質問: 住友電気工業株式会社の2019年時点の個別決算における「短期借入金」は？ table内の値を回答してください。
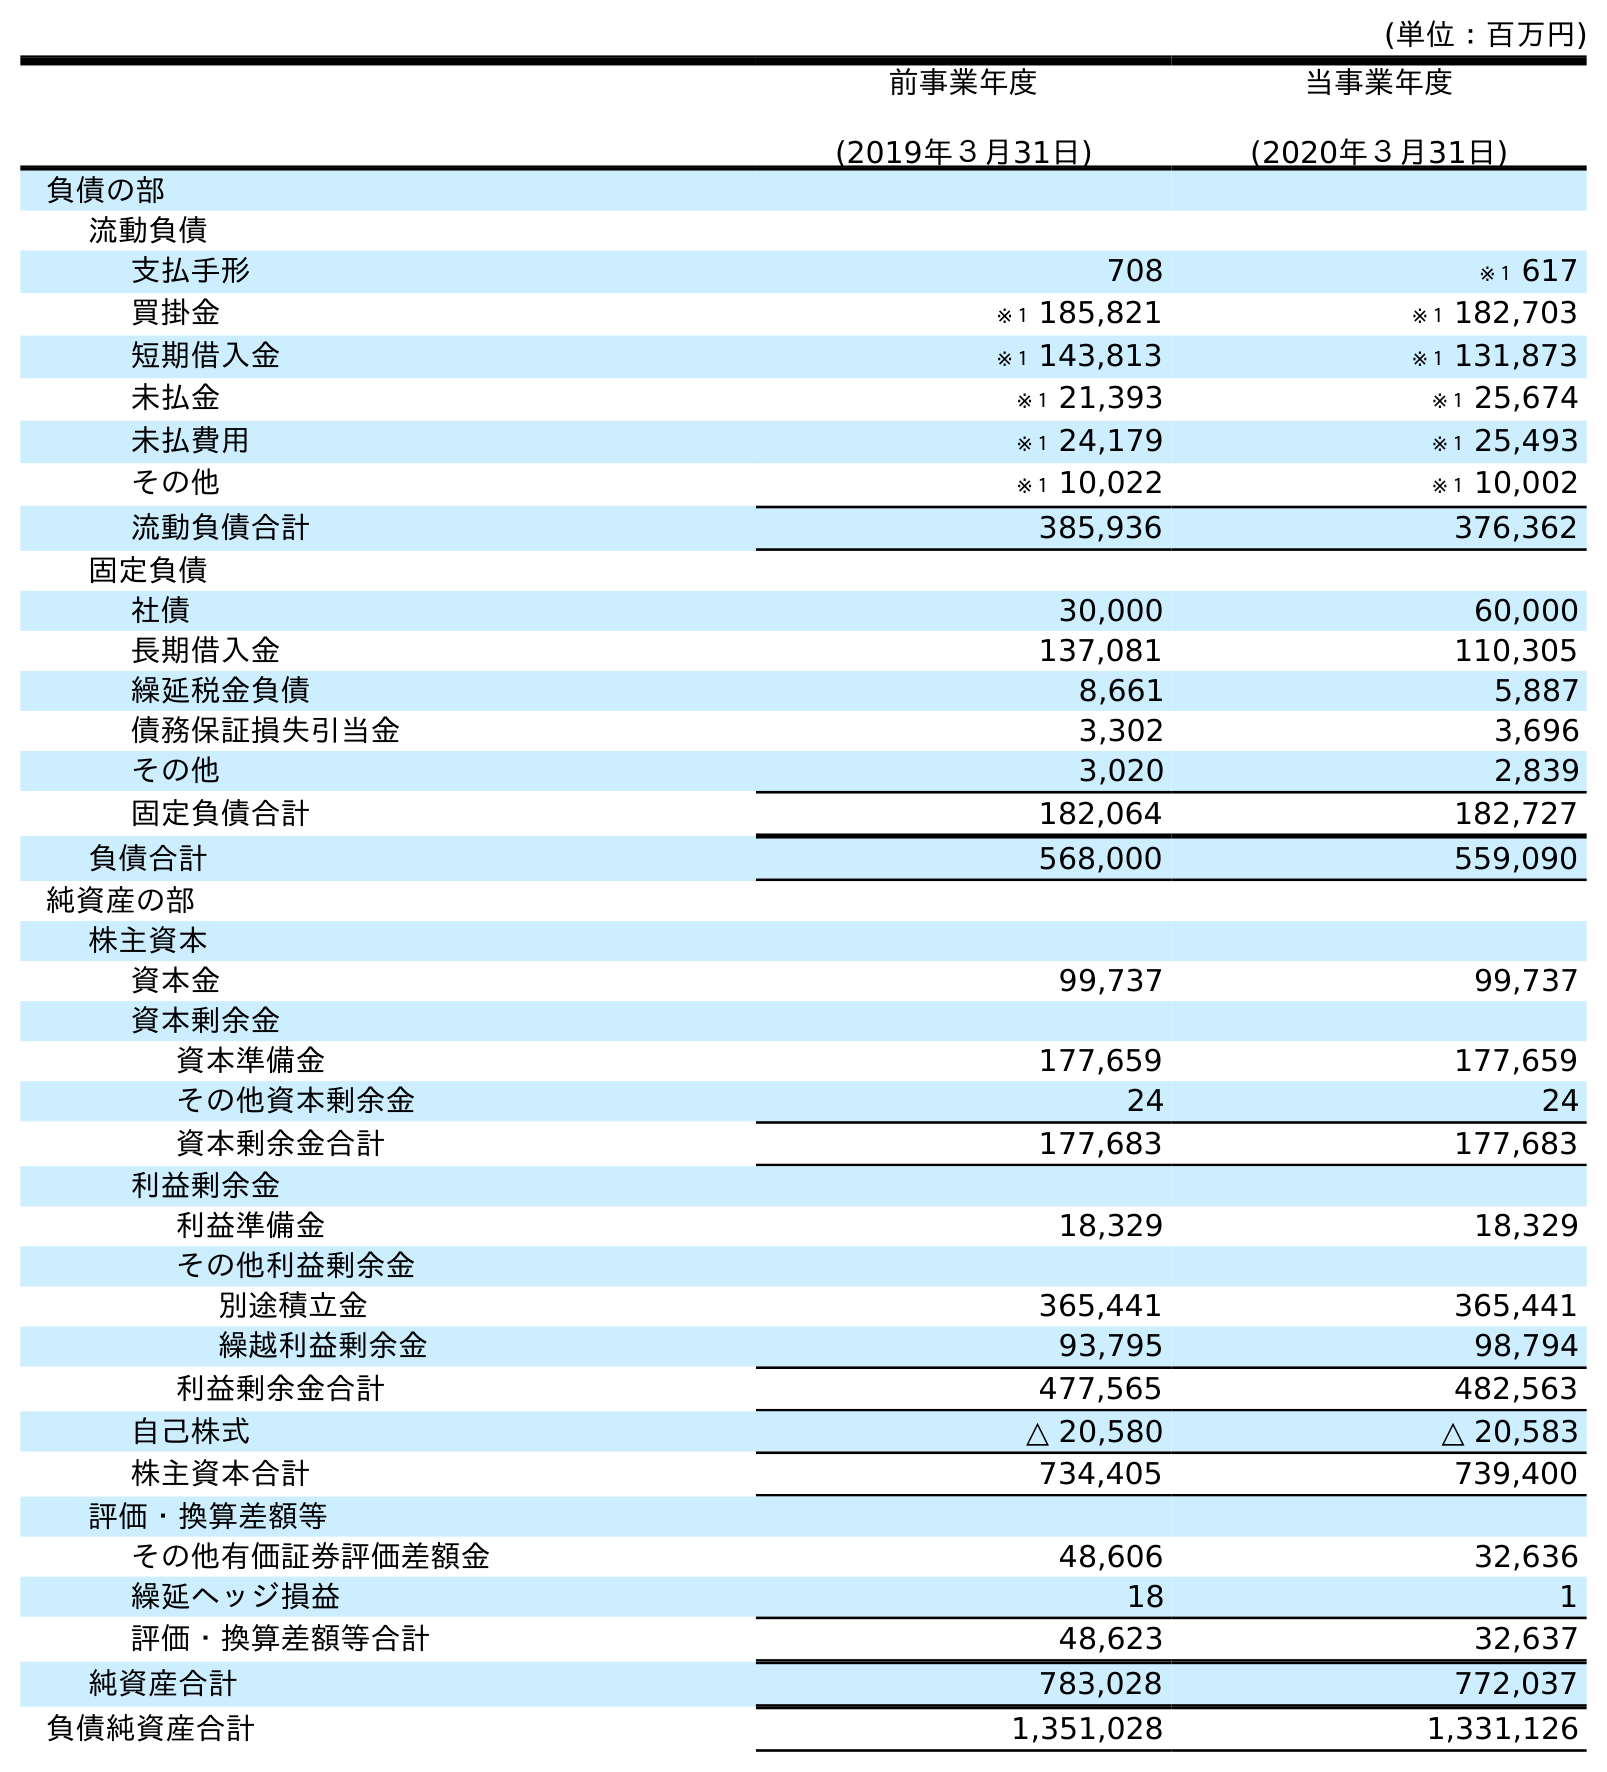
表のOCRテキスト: (単位：百万円) 前事業年度 (2019年３月31日) 当事業年度 (2020年３月31日) 負債の部 流動負債 支払手形 708 ※１ 617 買掛金 ※１ 185,821 ※１ 182,703 短期借入金 ※１ 143,813 ※１ 131,873 未払金 ※１ 21,393 ※１ 25,674 未払費用 ※１ 24,179 ※１ 25,493 その他 ※１ 10,022 ※１ 10,002 流動負債合計 385,936 376,362 固定負債 社債 30,000 60,000 長期借入金 137,081 110,305 繰延税金負債 8,661 5,887 債務保証損失引当金 3,302 3,696 その他 3,020 2,839 固定負債合計 182,064 182,727 負債合計 568,000 559,090 純資産の部 株主資本 資本金 99,737 99,737 資本剰余金 資本準備金 177,659 177,659 その他資本剰余金 24 24 資本剰余金合計 177,683 177,683 利益剰余金 利益準備金 18,329 18,329 その他利益剰余金 別途積立金 365,441 365,441 繰越利益剰余金 93,795 98,794 利益剰余金合計 477,565 482,563 自己株式 △ 20,580 △ 20,583 株主資本合計 734,405 739,400 評価・換算差額等 その他有価証券評価差額金 48,606 32,636 繰延ヘッジ損益 18 1 評価・換算差額等合計 48,623 32,637 純資産合計 783,028 772,037 負債純資産合計 1,351,028 1,331,126
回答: ※１143,813